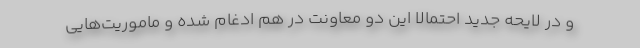
و در لایحه جدید احتمالا این دو معاونت در هم ادغام شده و ماموریت‌هایی